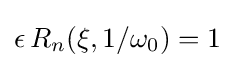
\epsilon \,R_{n}(\xi ,1/\omega _{0})=1